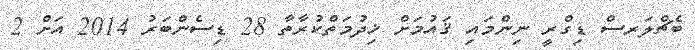
ބެޗްލަރސް ޑިގްރީ ނިންމައި ޤައުމަށް ޚިދުމަތްކުރާތާ 28 ޑިސެންބަރު 2014 އަށް 2